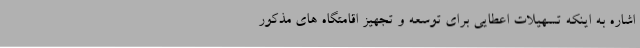
اشاره به اینکه تسهیلات اعطایی برای توسعه و تجهیز اقامتگاه های مذکور